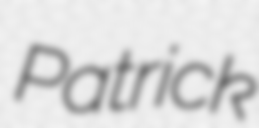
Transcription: Patrick